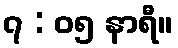
၇ : ၀၅ နာရီ။